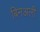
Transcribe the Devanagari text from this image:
बिनअली